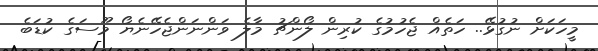
މީހަކަށް ނުގުޅޭ.. ހަތެއް ޖެހުމުގެ ކުރިން ލޯންޗު މާލެ ވަންނަންޖެހޭނެޔޯ މޫސަގެ ކުޑަބެ